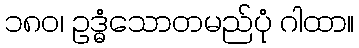
၁၈၀၊ ဥဒ္ဓံသောတမည်ပုံ ဂါထာ။